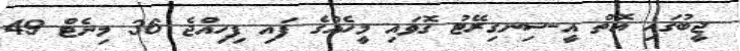
ޖީބުގައި އޮތް އީ-ސިނގިރޭޓު ގޮވައި މީހެއްގެ ފައި ފިހިއްޖެ 36 މިނެޓް 49